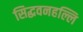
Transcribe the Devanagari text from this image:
सिद्धवनहल्लि